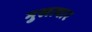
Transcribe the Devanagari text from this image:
मुखत्यार